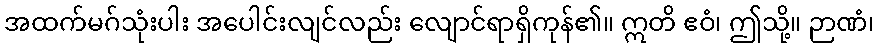
အထက်မဂ်သုံးပါး အပေါင်းလျင်လည်း လျောင်ရာရှိကုန်၏။ ဣတိ ဧဝံ၊ ဤသို့။ ဉာဏံ၊